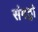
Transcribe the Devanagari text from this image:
संगठ्नो